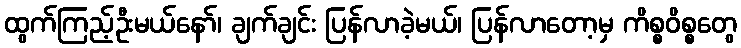
ထွက်ကြည့်ဦးမယ်နော်၊ ချက်ချင်း ပြန်လာခဲ့မယ်၊ ပြန်လာတော့မှ ကိစ္စဝိစ္စတွေ